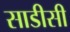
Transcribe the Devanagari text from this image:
साडीसी